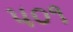
૫૦૧